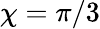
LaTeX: \chi=\pi/3